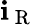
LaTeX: \mathbf{i}_{\mathrm{{~R~}}}